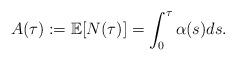
LaTeX: \begin{align*}A(\tau):= \mathbb E[N(\tau)]= \int_0^\tau \alpha(s)ds.\end{align*}